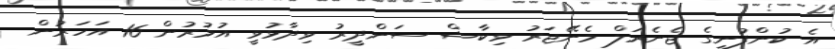
އެ ކުންފުނީގެ ޖެނެރަލް މެނޭޖަރު ވިކާޝް ސަންދީރު ވިދާޅުވީ އުމުރުން 16 އަހަރުން